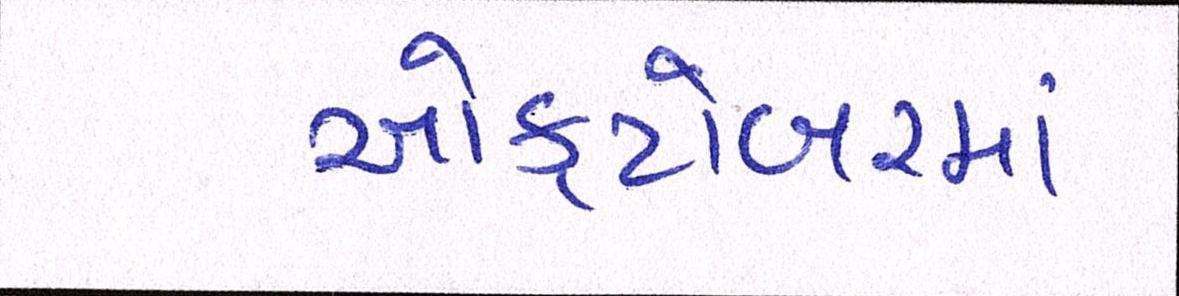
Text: ઓક્ટોબરમાં